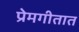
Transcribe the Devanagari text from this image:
प्रेमगीतात